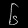
Digit: ၆